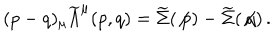
( p - q ) _ { \mu } { \widetilde { \Lambda } } ^ { \mu } ( p , q ) = \widetilde { \Sigma } ( \not { p } ) - \widetilde { \Sigma } ( \not { q } ) \, .